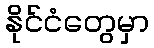
နိုင်ငံတွေမှာ